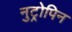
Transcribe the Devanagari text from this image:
नुट्रोपिन